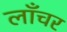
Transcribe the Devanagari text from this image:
लाँचर